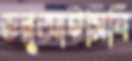
ডব্লুআইসিবি